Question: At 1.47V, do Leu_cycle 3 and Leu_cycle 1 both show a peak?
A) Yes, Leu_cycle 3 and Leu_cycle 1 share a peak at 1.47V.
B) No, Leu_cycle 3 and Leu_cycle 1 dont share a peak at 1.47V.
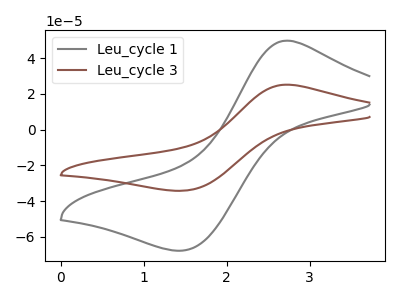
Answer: <think>The gray curve "Leu_cycle 1" has an anodic peak at (2.70V, 49.80uA) and a cathodic peak at (1.45V, -67.70uA). The brown curve "Leu_cycle 3" has an anodic peak at (2.70V, 25.15uA) and a cathodic peak at (1.45V, -34.20uA).</think>
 <answer>A) Yes, "Leu_cycle 3" and "Leu_cycle 1" share a peak at 1.47V.</answer>
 <eval>A</eval>